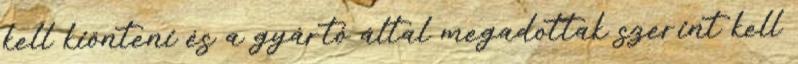
kell kiönteni és a gyártó által megadottak szerint kell